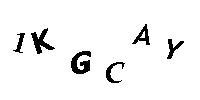
1KGCAY